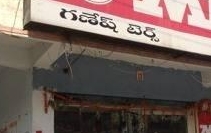
Language: telugu
Transcription: టెర్స్ గణేష్